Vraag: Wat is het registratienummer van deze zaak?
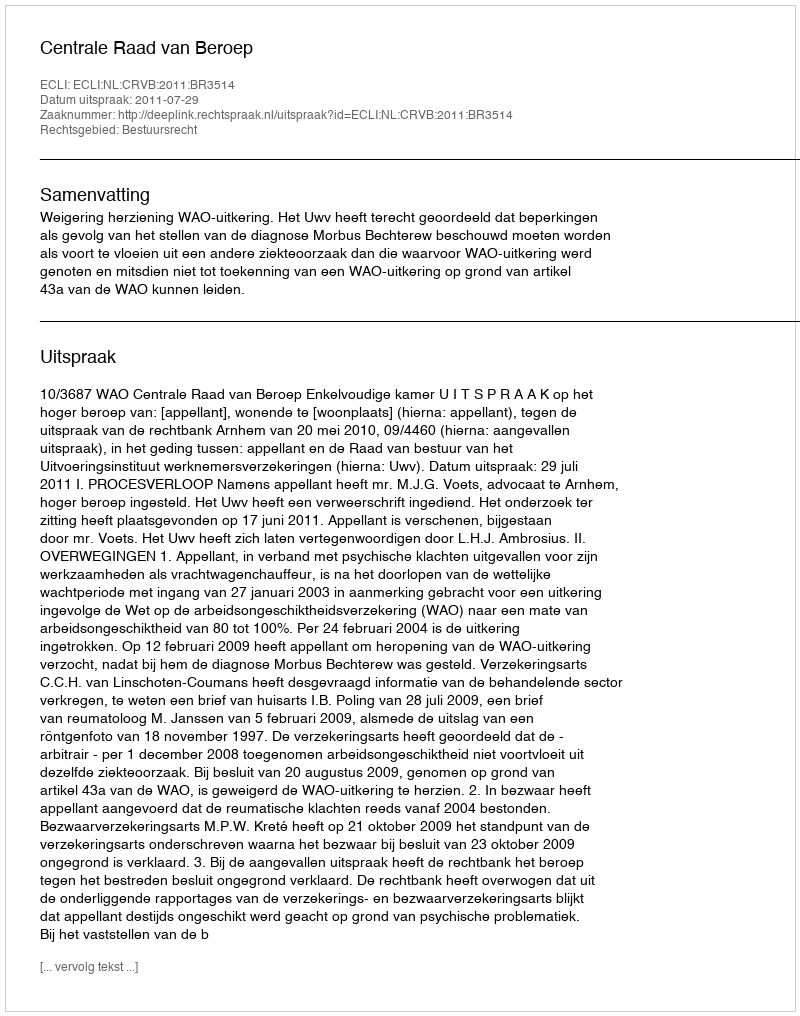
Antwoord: http://deeplink.rechtspraak.nl/uitspraak?id=ECLI:NL:CRVB:2011:BR3514